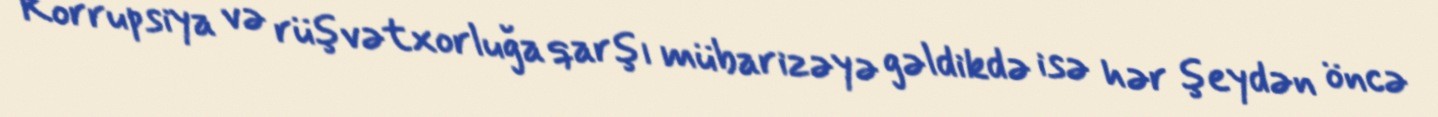
Korrupsiya və rüşvətxorluğa qarşı mübarizəyə gəldikdə isə hər şeydən öncə